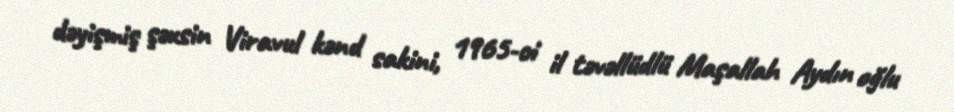
dəyişmiş şəxsin Viravul kənd sakini, 1965-ci il təvəllüdlü Maşallah Aydın oğlu